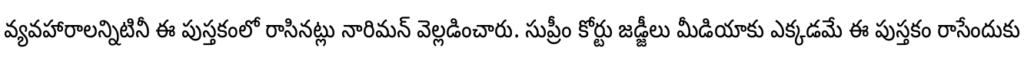
వ్యవహారాలన్నిటినీ ఈ పుస్తకంలో రాసినట్లు నారిమన్ వెల్లడించారు. సుప్రీం కోర్టు జడ్జీలు మీడియాకు ఎక్కడమే ఈ పుస్తకం రాసేందుకు